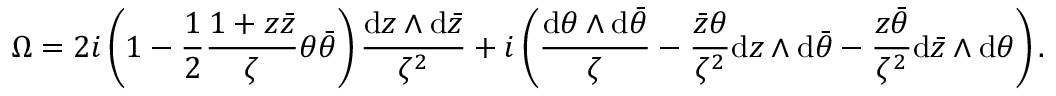
\Omega = 2 i \left( 1 - \frac { 1 } { 2 } \frac { 1 + z \bar { z } } { \zeta } \theta \bar { \theta } \right) \frac { \mathrm { d } z \wedge \mathrm { d } \bar { z } } { \zeta ^ { 2 } } + i \left( \frac { \mathrm { d } \theta \wedge \mathrm { d } \bar { \theta } } { \zeta } - \frac { \bar { z } \theta } { \zeta ^ { 2 } } \mathrm { d } z \wedge \mathrm { d } \bar { \theta } - \frac { z \bar { \theta } } { \zeta ^ { 2 } } \mathrm { d } \bar { z } \wedge \mathrm { d } \theta \right) .